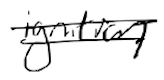
Text: ignition
Cross-out: double-line
Writing tool: digital_black